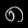
Digit: ၈